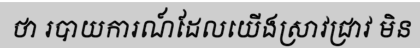
ថា របាយការណ៍ដែលយើងស្រាវជ្រាវ មិន